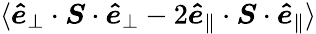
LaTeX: \langle\boldsymbol{\hat{e}}_{\perp}\cdot\boldsymbol{S}\cdot\boldsymbol{\hat{e}}_{\perp}-2\boldsymbol{\hat{e}}_{\parallel}\cdot\boldsymbol{S}\cdot\boldsymbol{\hat{e}}_{\parallel}\rangle